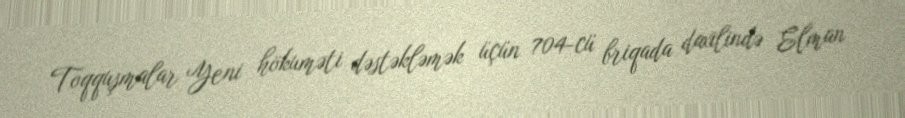
Toqquşmalar Yeni hökuməti dəstəkləmək üçün 704-cü briqada daxilində Elman